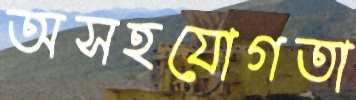
অসহযোগতা